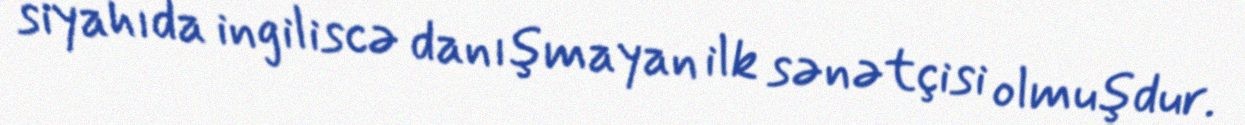
siyahıda ingiliscə danışmayan ilk sənətçisi olmuşdur.